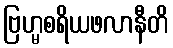
ဗြဟ္မစရိယဖလာနီတိ